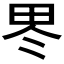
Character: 𱰪